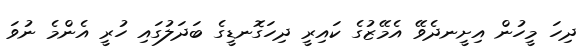
ދިހަ މީހުން އިށީނދެވޭ އެމޭޒުގެ ކައިރީ ދިހަގޮނޑީގެ ބަދަލުގައި ހުރީ އެންމެ ނުވަ